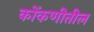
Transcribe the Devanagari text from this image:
कोंकणीतील